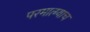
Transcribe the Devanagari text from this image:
परमात्म्याच